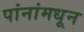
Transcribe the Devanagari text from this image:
पांनांमधून